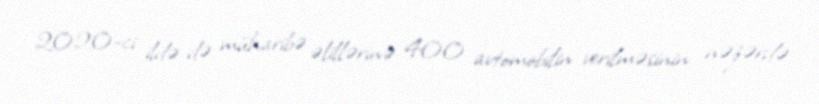
2020-ci ildə də müharibə əlillərinə 400 avtomobilin verilməsinin nəzərdə